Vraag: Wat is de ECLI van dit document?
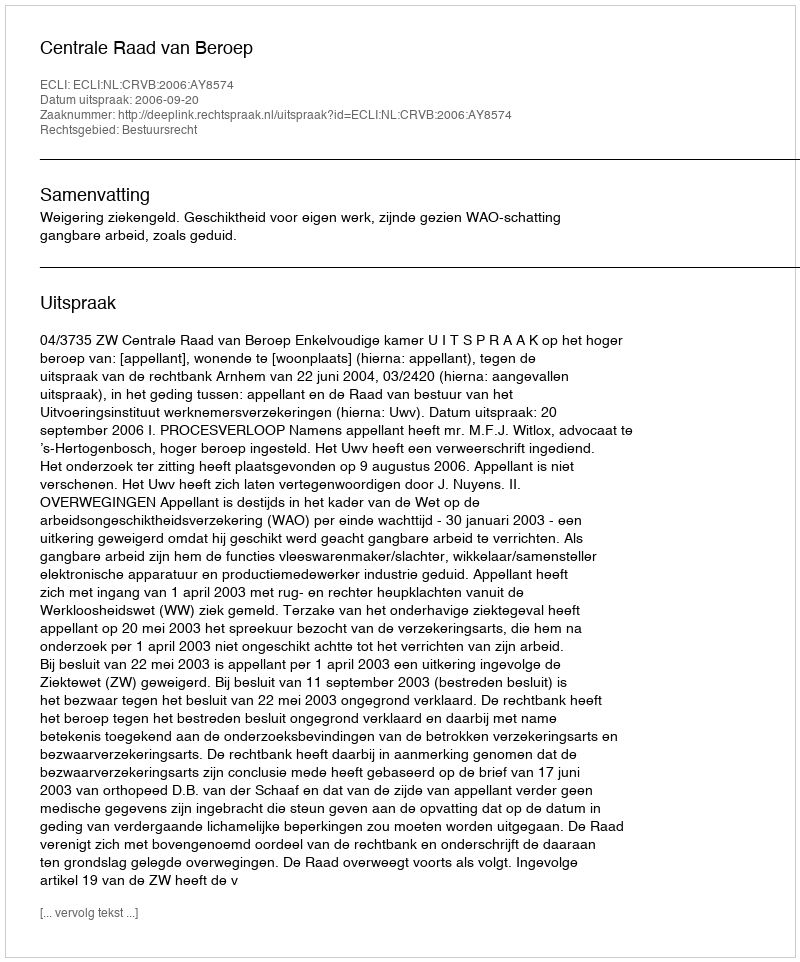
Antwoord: ECLI:NL:CRVB:2006:AY8574